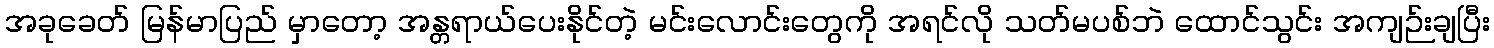
အခုခေတ် မြန်မာပြည် မှာတော့ အန္တရာယ်ပေးနိုင်တဲ့ မင်းလောင်းတွေကို အရင်လို သတ်မပစ်ဘဲ ထောင်သွင်း အကျဉ်းချပြီး